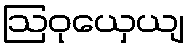
ဩဝုယှေယျ